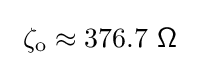
\ \zeta _{\mathrm {o} }\approx 376.7\ {\mathsf {\Omega }}\